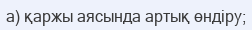
а) қаржы аясында артық өндіру;